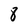
Character: 8